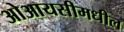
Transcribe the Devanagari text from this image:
ओआयसीमधील